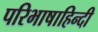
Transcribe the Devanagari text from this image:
परिभाषाहिन्दी